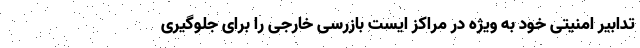
تدابیر امنیتی خود به ویژه در مراکز ایست بازرسی خارجی را برای جلوگیری